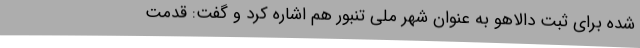
شده برای ثبت دالاهو به عنوان شهر ملی تنبور هم اشاره کرد و گفت: قدمت